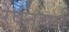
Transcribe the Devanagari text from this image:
रेवनचल